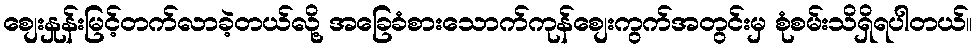
စျေးနှုန်းမြင့်တက်လာခဲ့တယ်လို့ အခြေခံစားသောက်ကုန်စျေးကွက်အတွင်းမှ စုံစမ်းသိရှိရပါတယ်။